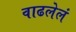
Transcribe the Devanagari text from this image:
वाढलेलं